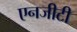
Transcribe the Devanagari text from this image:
एनजीटी